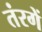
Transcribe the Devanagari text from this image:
तंरगें